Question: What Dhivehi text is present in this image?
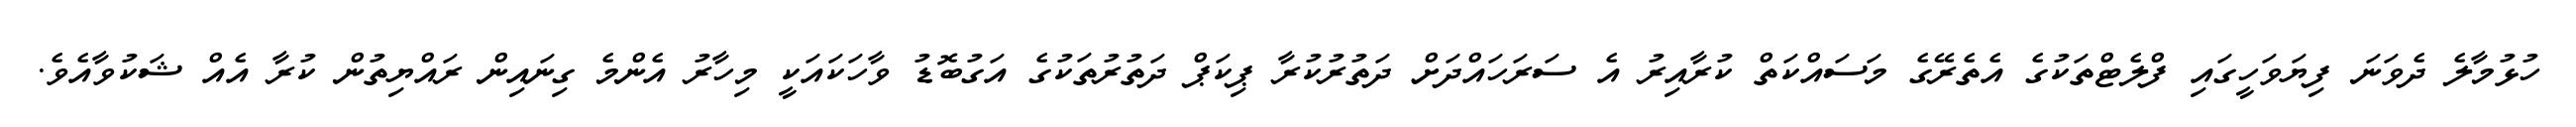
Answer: ހުޅުމާލެ ދެވަނަ ފިޔަވަހީގައި ފްލެޓްތަކުގެ އެތެރޭގެ މަސައްކަތް ކުރާއިރު އެ ސަރަހައްދަށް ދަތުރުކުރާ ޕިކަޕް ދަތުރުތަކުގެ އަގުބޮޑު ވާހަކައަކީ މިހާރު އެންމެ ގިނައިން ރައްޔިތުން ކުރާ އެއް ޝަކުވާއެވެ.